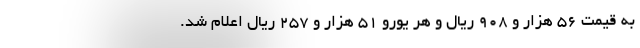
به قیمت ۵۶ هزار و ۹۰۸ ریال و هر یورو ۵۱ هزار و ۲۵۷ ریال اعلام شد.